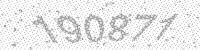
Solution: 190871